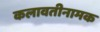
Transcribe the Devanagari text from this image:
कलावतीनामक